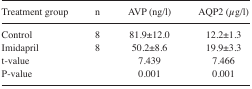
| Treatment group | n | AVP (ng/l) | AQP2 (μg/l) |
 | --- | --- | --- | --- |
 | Control | 8 | 81.9±12.0 | 12.2±1.3 |
 | Imidapril | 8 | 50.2±8.6 | 19.9±3.3 |
 | t-value |  | 7.439 | 7.466 |
 | P-value |  | 0.001 | 0.001 |